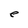
Character: e